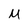
Character: M